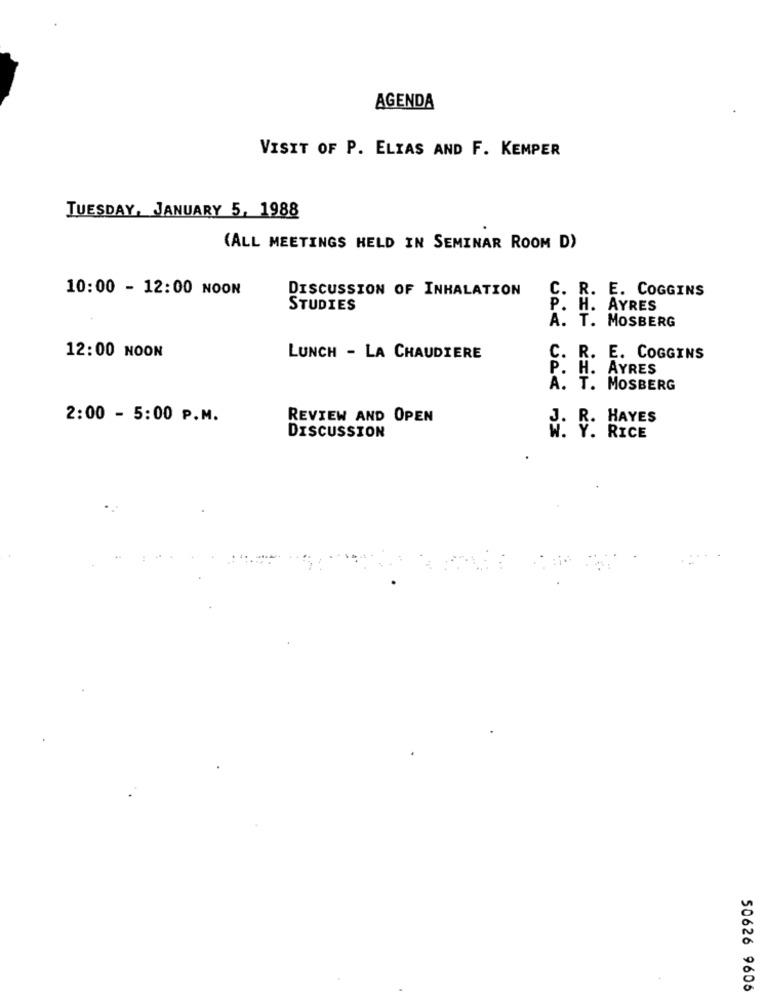
AGENDA
VISIT OF P. ELIAS AND F. KEMPER
TUESDAY, JANUARY 5, 1988
(ALL MEETINGS HELD IN SEMINAR ROOM D)
10:00 - 12:00 NOON
DISCUSSION OF INHALATION
C. R. E. COGGINS
STUDIES
P. H. AYRES
H.
A. T. MOSBERG
12:00 NOON
LUNCH - LA CHAUDIERE
C. R. E. COGGINS
P. H. AYRES
A. T. MOSBERG
2:00 - 5:00 P.M.
REVIEW AND OPEN
J. R. HAYES
DISCUSSION
50626 9606